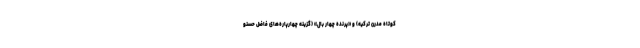
کوتاه مدرن ترکیه) و «پرنده چهار بال» (گزینه چهارپاره‌های فاضل حسنو